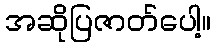
အဆိုပြဇာတ်ပေါ့။